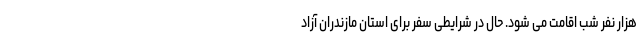
هزار نفر شب اقامت می شود. حال در شرایطی سفر برای استان مازندران آزاد